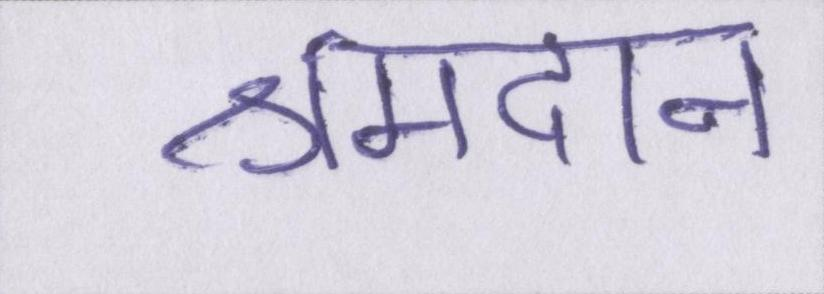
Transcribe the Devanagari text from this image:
श्रमदान